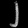
Digit: ၂